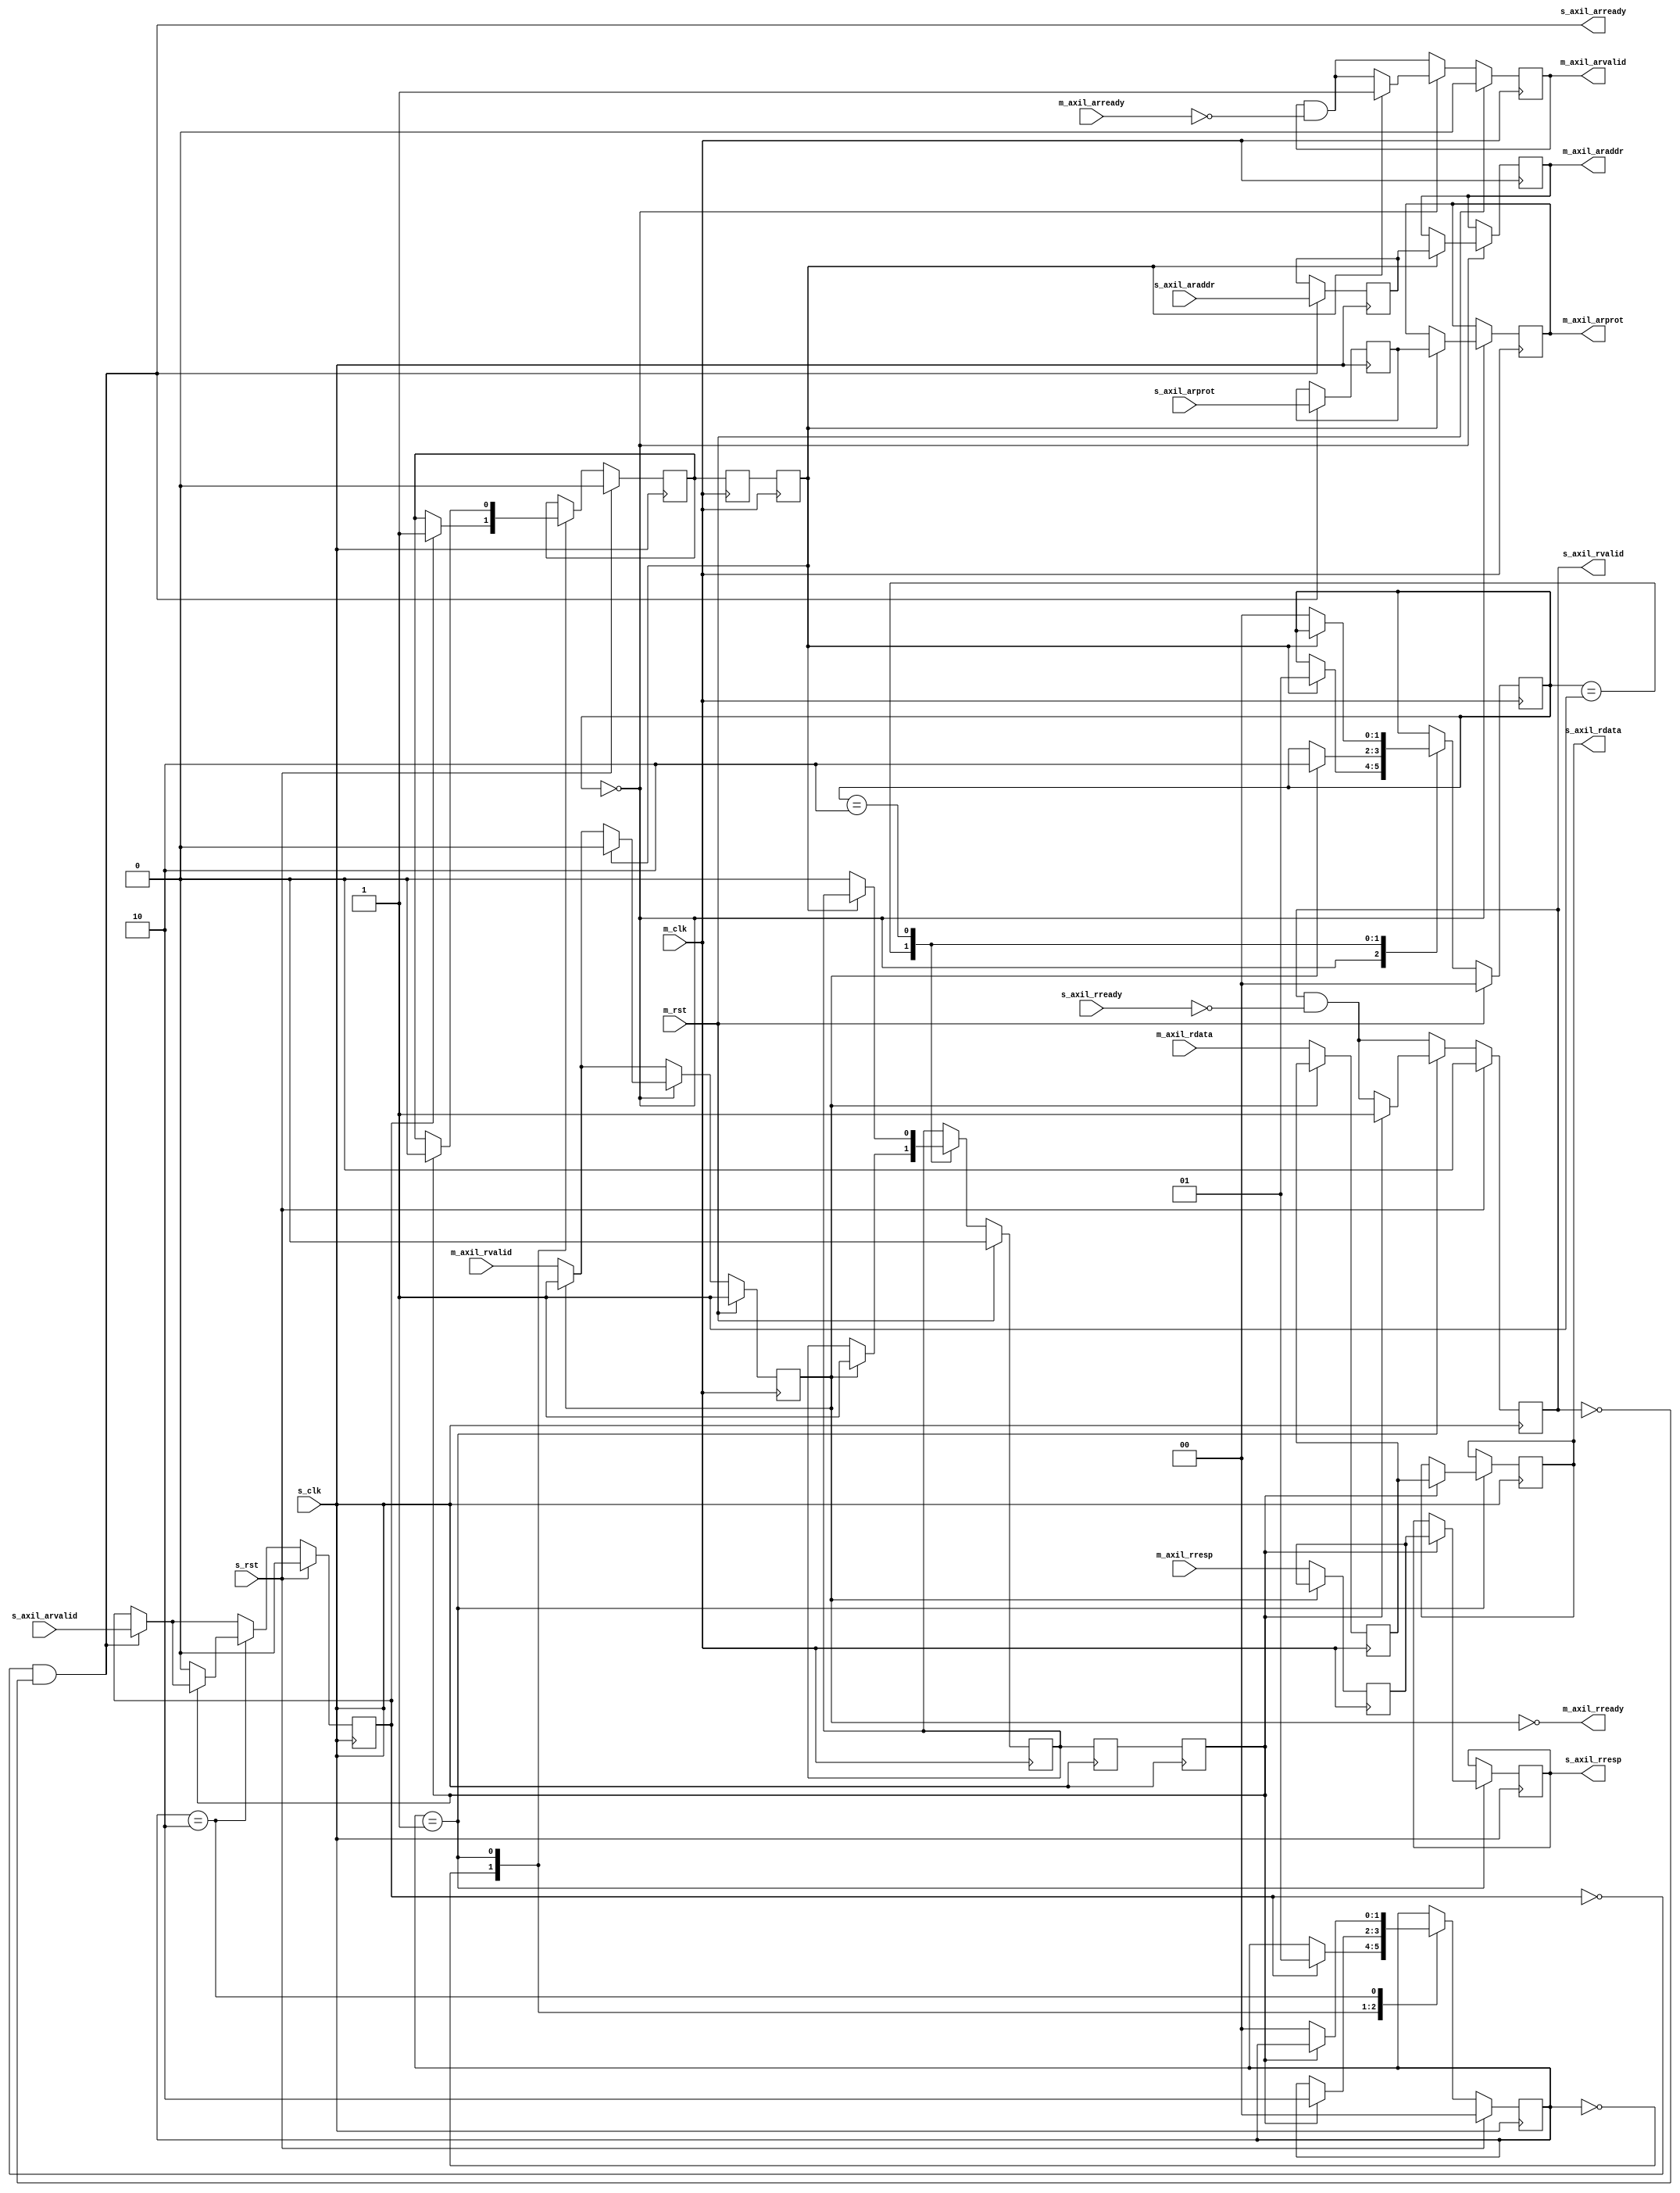
/*

Copyright (c) 2019 Alex Forencich

Permission is hereby granted, free of charge, to any person obtaining a copy
of this software and associated documentation files (the "Software"), to deal
in the Software without restriction, including without limitation the rights
to use, copy, modify, merge, publish, distribute, sublicense, and/or sell
copies of the Software, and to permit persons to whom the Software is
furnished to do so, subject to the following conditions:

The above copyright notice and this permission notice shall be included in
all copies or substantial portions of the Software.

THE SOFTWARE IS PROVIDED "AS IS", WITHOUT WARRANTY OF ANY KIND, EXPRESS OR
IMPLIED, INCLUDING BUT NOT LIMITED TO THE WARRANTIES OF MERCHANTABILITY
FITNESS FOR A PARTICULAR PURPOSE AND NONINFRINGEMENT. IN NO EVENT SHALL THE
AUTHORS OR COPYRIGHT HOLDERS BE LIABLE FOR ANY CLAIM, DAMAGES OR OTHER
LIABILITY, WHETHER IN AN ACTION OF CONTRACT, TORT OR OTHERWISE, ARISING FROM,
OUT OF OR IN CONNECTION WITH THE SOFTWARE OR THE USE OR OTHER DEALINGS IN
THE SOFTWARE.

*/

// Language: Verilog 2001

`timescale 1ns / 1ps

/*
 * AXI4 lite clock domain crossing module (read)
 */
module axil_cdc_rd #
(
    // Width of data bus in bits
    parameter DATA_WIDTH = 32,
    // Width of address bus in bits
    parameter ADDR_WIDTH = 32,
    // Width of wstrb (width of data bus in words)
    parameter STRB_WIDTH = (DATA_WIDTH/8)
)
(
    /*
     * AXI lite slave interface
     */
    input  wire                   s_clk,
    input  wire                   s_rst,
    input  wire [ADDR_WIDTH-1:0]  s_axil_araddr,
    input  wire [2:0]             s_axil_arprot,
    input  wire                   s_axil_arvalid,
    output wire                   s_axil_arready,
    output wire [DATA_WIDTH-1:0]  s_axil_rdata,
    output wire [1:0]             s_axil_rresp,
    output wire                   s_axil_rvalid,
    input  wire                   s_axil_rready,

    /*
     * AXI lite master interface
     */
    input  wire                   m_clk,
    input  wire                   m_rst,
    output wire [ADDR_WIDTH-1:0]  m_axil_araddr,
    output wire [2:0]             m_axil_arprot,
    output wire                   m_axil_arvalid,
    input  wire                   m_axil_arready,
    input  wire [DATA_WIDTH-1:0]  m_axil_rdata,
    input  wire [1:0]             m_axil_rresp,
    input  wire                   m_axil_rvalid,
    output wire                   m_axil_rready
);

reg [1:0] s_state_reg = 2'd0;
reg s_flag_reg = 1'b0;
(* srl_style = "register" *)
reg s_flag_sync_reg_1 = 1'b0;
(* srl_style = "register" *)
reg s_flag_sync_reg_2 = 1'b0;

reg [1:0] m_state_reg = 2'd0;
reg m_flag_reg = 1'b0;
(* srl_style = "register" *)
reg m_flag_sync_reg_1 = 1'b0;
(* srl_style = "register" *)
reg m_flag_sync_reg_2 = 1'b0;

reg [ADDR_WIDTH-1:0]  s_axil_araddr_reg = {ADDR_WIDTH{1'b0}};
reg [2:0]             s_axil_arprot_reg = 3'd0;
reg                   s_axil_arvalid_reg = 1'b0;
reg [DATA_WIDTH-1:0]  s_axil_rdata_reg = {DATA_WIDTH{1'b0}};
reg [1:0]             s_axil_rresp_reg = 2'b00;
reg                   s_axil_rvalid_reg = 1'b0;

reg [ADDR_WIDTH-1:0]  m_axil_araddr_reg = {ADDR_WIDTH{1'b0}};
reg [2:0]             m_axil_arprot_reg = 3'd0;
reg                   m_axil_arvalid_reg = 1'b0;
reg [DATA_WIDTH-1:0]  m_axil_rdata_reg = {DATA_WIDTH{1'b0}};
reg [1:0]             m_axil_rresp_reg = 2'b00;
reg                   m_axil_rvalid_reg = 1'b1;

assign s_axil_arready = !s_axil_arvalid_reg && !s_axil_rvalid_reg;
assign s_axil_rdata = s_axil_rdata_reg;
assign s_axil_rresp = s_axil_rresp_reg;
assign s_axil_rvalid = s_axil_rvalid_reg;

assign m_axil_araddr = m_axil_araddr_reg;
assign m_axil_arprot = m_axil_arprot_reg;
assign m_axil_arvalid = m_axil_arvalid_reg;
assign m_axil_rready = !m_axil_rvalid_reg;

// slave side
always @(posedge s_clk) begin
    s_axil_rvalid_reg <= s_axil_rvalid_reg && !s_axil_rready;

    if (!s_axil_arvalid_reg && !s_axil_rvalid_reg) begin
        s_axil_araddr_reg <= s_axil_araddr;
        s_axil_arprot_reg <= s_axil_arprot;
        s_axil_arvalid_reg <= s_axil_arvalid;
    end

    case (s_state_reg)
        2'd0: begin
            if (s_axil_arvalid_reg) begin
                s_state_reg <= 2'd1;
                s_flag_reg <= 1'b1;
            end
        end
        2'd1: begin
            if (m_flag_sync_reg_2) begin
                s_state_reg <= 2'd2;
                s_flag_reg <= 1'b0;
                s_axil_rdata_reg <= m_axil_rdata_reg;
                s_axil_rresp_reg <= m_axil_rresp_reg;
                s_axil_rvalid_reg <= 1'b1;
            end
        end
        2'd2: begin
            if (!m_flag_sync_reg_2) begin
                s_state_reg <= 2'd0;
                s_axil_arvalid_reg <= 1'b0;
            end
        end
    endcase

    if (s_rst) begin
        s_state_reg <= 2'd0;
        s_flag_reg <= 1'b0;
        s_axil_arvalid_reg <= 1'b0;
        s_axil_rvalid_reg <= 1'b0;
    end
end

// synchronization
always @(posedge s_clk) begin
    m_flag_sync_reg_1 <= m_flag_reg;
    m_flag_sync_reg_2 <= m_flag_sync_reg_1;
end

always @(posedge m_clk) begin
    s_flag_sync_reg_1 <= s_flag_reg;
    s_flag_sync_reg_2 <= s_flag_sync_reg_1;
end

// master side
always @(posedge m_clk) begin
    m_axil_arvalid_reg <= m_axil_arvalid_reg && !m_axil_arready;

    if (!m_axil_rvalid_reg) begin
        m_axil_rdata_reg <= m_axil_rdata;
        m_axil_rresp_reg <= m_axil_rresp;
        m_axil_rvalid_reg <= m_axil_rvalid;
    end

    case (m_state_reg)
        2'd0: begin
            if (s_flag_sync_reg_2) begin
                m_state_reg <= 2'd1;
                m_axil_araddr_reg <= s_axil_araddr_reg;
                m_axil_arprot_reg <= s_axil_arprot_reg;
                m_axil_arvalid_reg <= 1'b1;
                m_axil_rvalid_reg <= 1'b0;
            end
        end
        2'd1: begin
            if (m_axil_rvalid_reg) begin
                m_flag_reg <= 1'b1;
                m_state_reg <= 2'd2;
            end
        end
        2'd2: begin
            if (!s_flag_sync_reg_2) begin
                m_state_reg <= 2'd0;
                m_flag_reg <= 1'b0;
            end
        end
    endcase

    if (m_rst) begin
        m_state_reg <= 2'd0;
        m_flag_reg <= 1'b0;
        m_axil_arvalid_reg <= 1'b0;
        m_axil_rvalid_reg <= 1'b1;
    end
end

endmodule